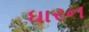
ધારન